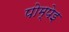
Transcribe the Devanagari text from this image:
पोम्पेइ